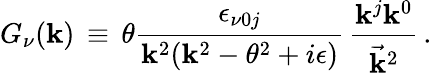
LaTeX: G_{\nu}(\mathbf{k})\, \equiv\, \theta\frac{{\epsilon_{\nu0j}}}{{\mathbf{k}^{2}(\mathbf{k}^{2}-\theta^{2}+i\epsilon)}}\, \frac{{\mathbf{k}^{j}\mathbf{k}^{0}}}{{{\vec{{\mathbf{k}}}}^{2}}}\, .